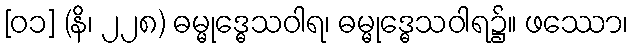
[၀၁] (နိ၊ ၂၂၈) ဓမ္မုဒ္ဓေသဝါရ၊ ဓမ္မုဒ္ဓေသဝါရ၌။ ဖဿော၊